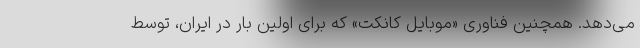
می‌دهد. همچنین فناوری «موبایل کانکت» که برای اولین بار در ایران، توسط